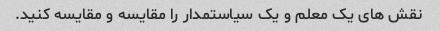
نقش های یک معلم و یک سیاستمدار را مقایسه و مقایسه کنید.